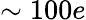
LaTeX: \sim 100e